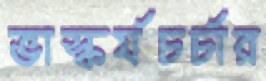
ভাস্কর্যচর্চার